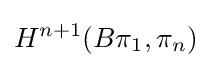
H^{n+1}(B\pi _{1},\pi _{n})